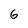
Character: 6